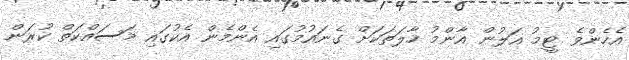
އެހެންވެ ޓީމު އަލުން އާންމު ހާލަތަކަށް ގެނައުމުގައި އެންމެން އެކުގައި މަސައްކަތް ކުރަން